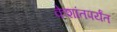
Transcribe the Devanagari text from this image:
केशांतपर्यंत